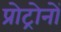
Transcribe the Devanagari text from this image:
प्रोट्रोनों